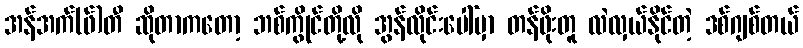
အန်အက်(ဖ်)တီ ဆိုတာကတော့ ဘစ်ကွိုင်တို့လို အွန်လိုင်းပေါ်မှာ တန်ဖိုးတူ လဲလှယ်နိုင်တဲ့ ဒစ်ဂျစ်တယ်